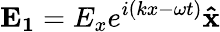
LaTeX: \mathbf{E_{1}}=E_{x}e^{i(kx-\omega t)}\mathbf{\hat{x}}